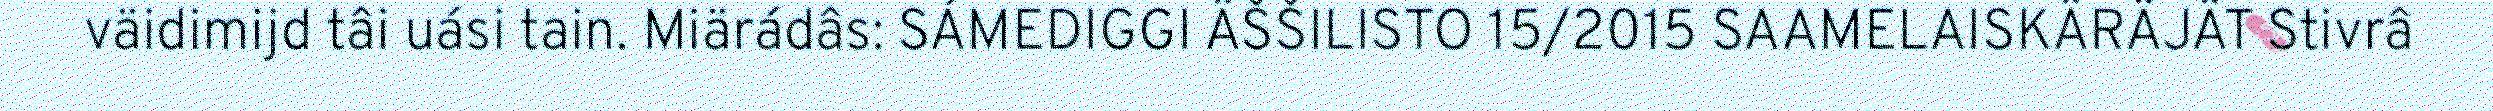
väidimijd tâi uási tain. Miärádâs: SÁMEDIGGI ÄŠŠILISTO 15/2015 SAAMELAISKÄRÄJÄT Stivrâ